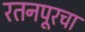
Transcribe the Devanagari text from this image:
रतनपूरचा